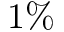
1 \%